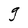
Character: g